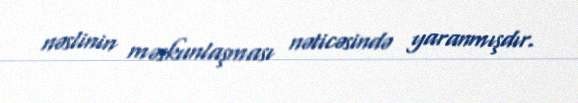
nəslinin məskunlaşması nəticəsində yaranmışdır.